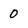
Character: 0